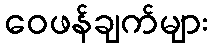
ဝေဖန်ချက်များ